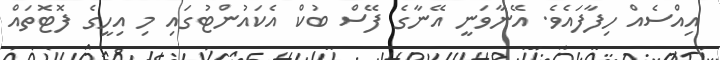
އިއްސެއް ހިފާފައެވެ. އޭނާވަނީ އޭނާގެ ފޭސް ބުކް އެކައުންޓުގައި މި އިހީގެ ފޮޓޮތައް